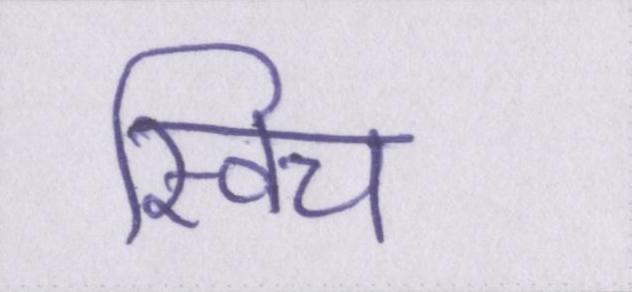
स्विच